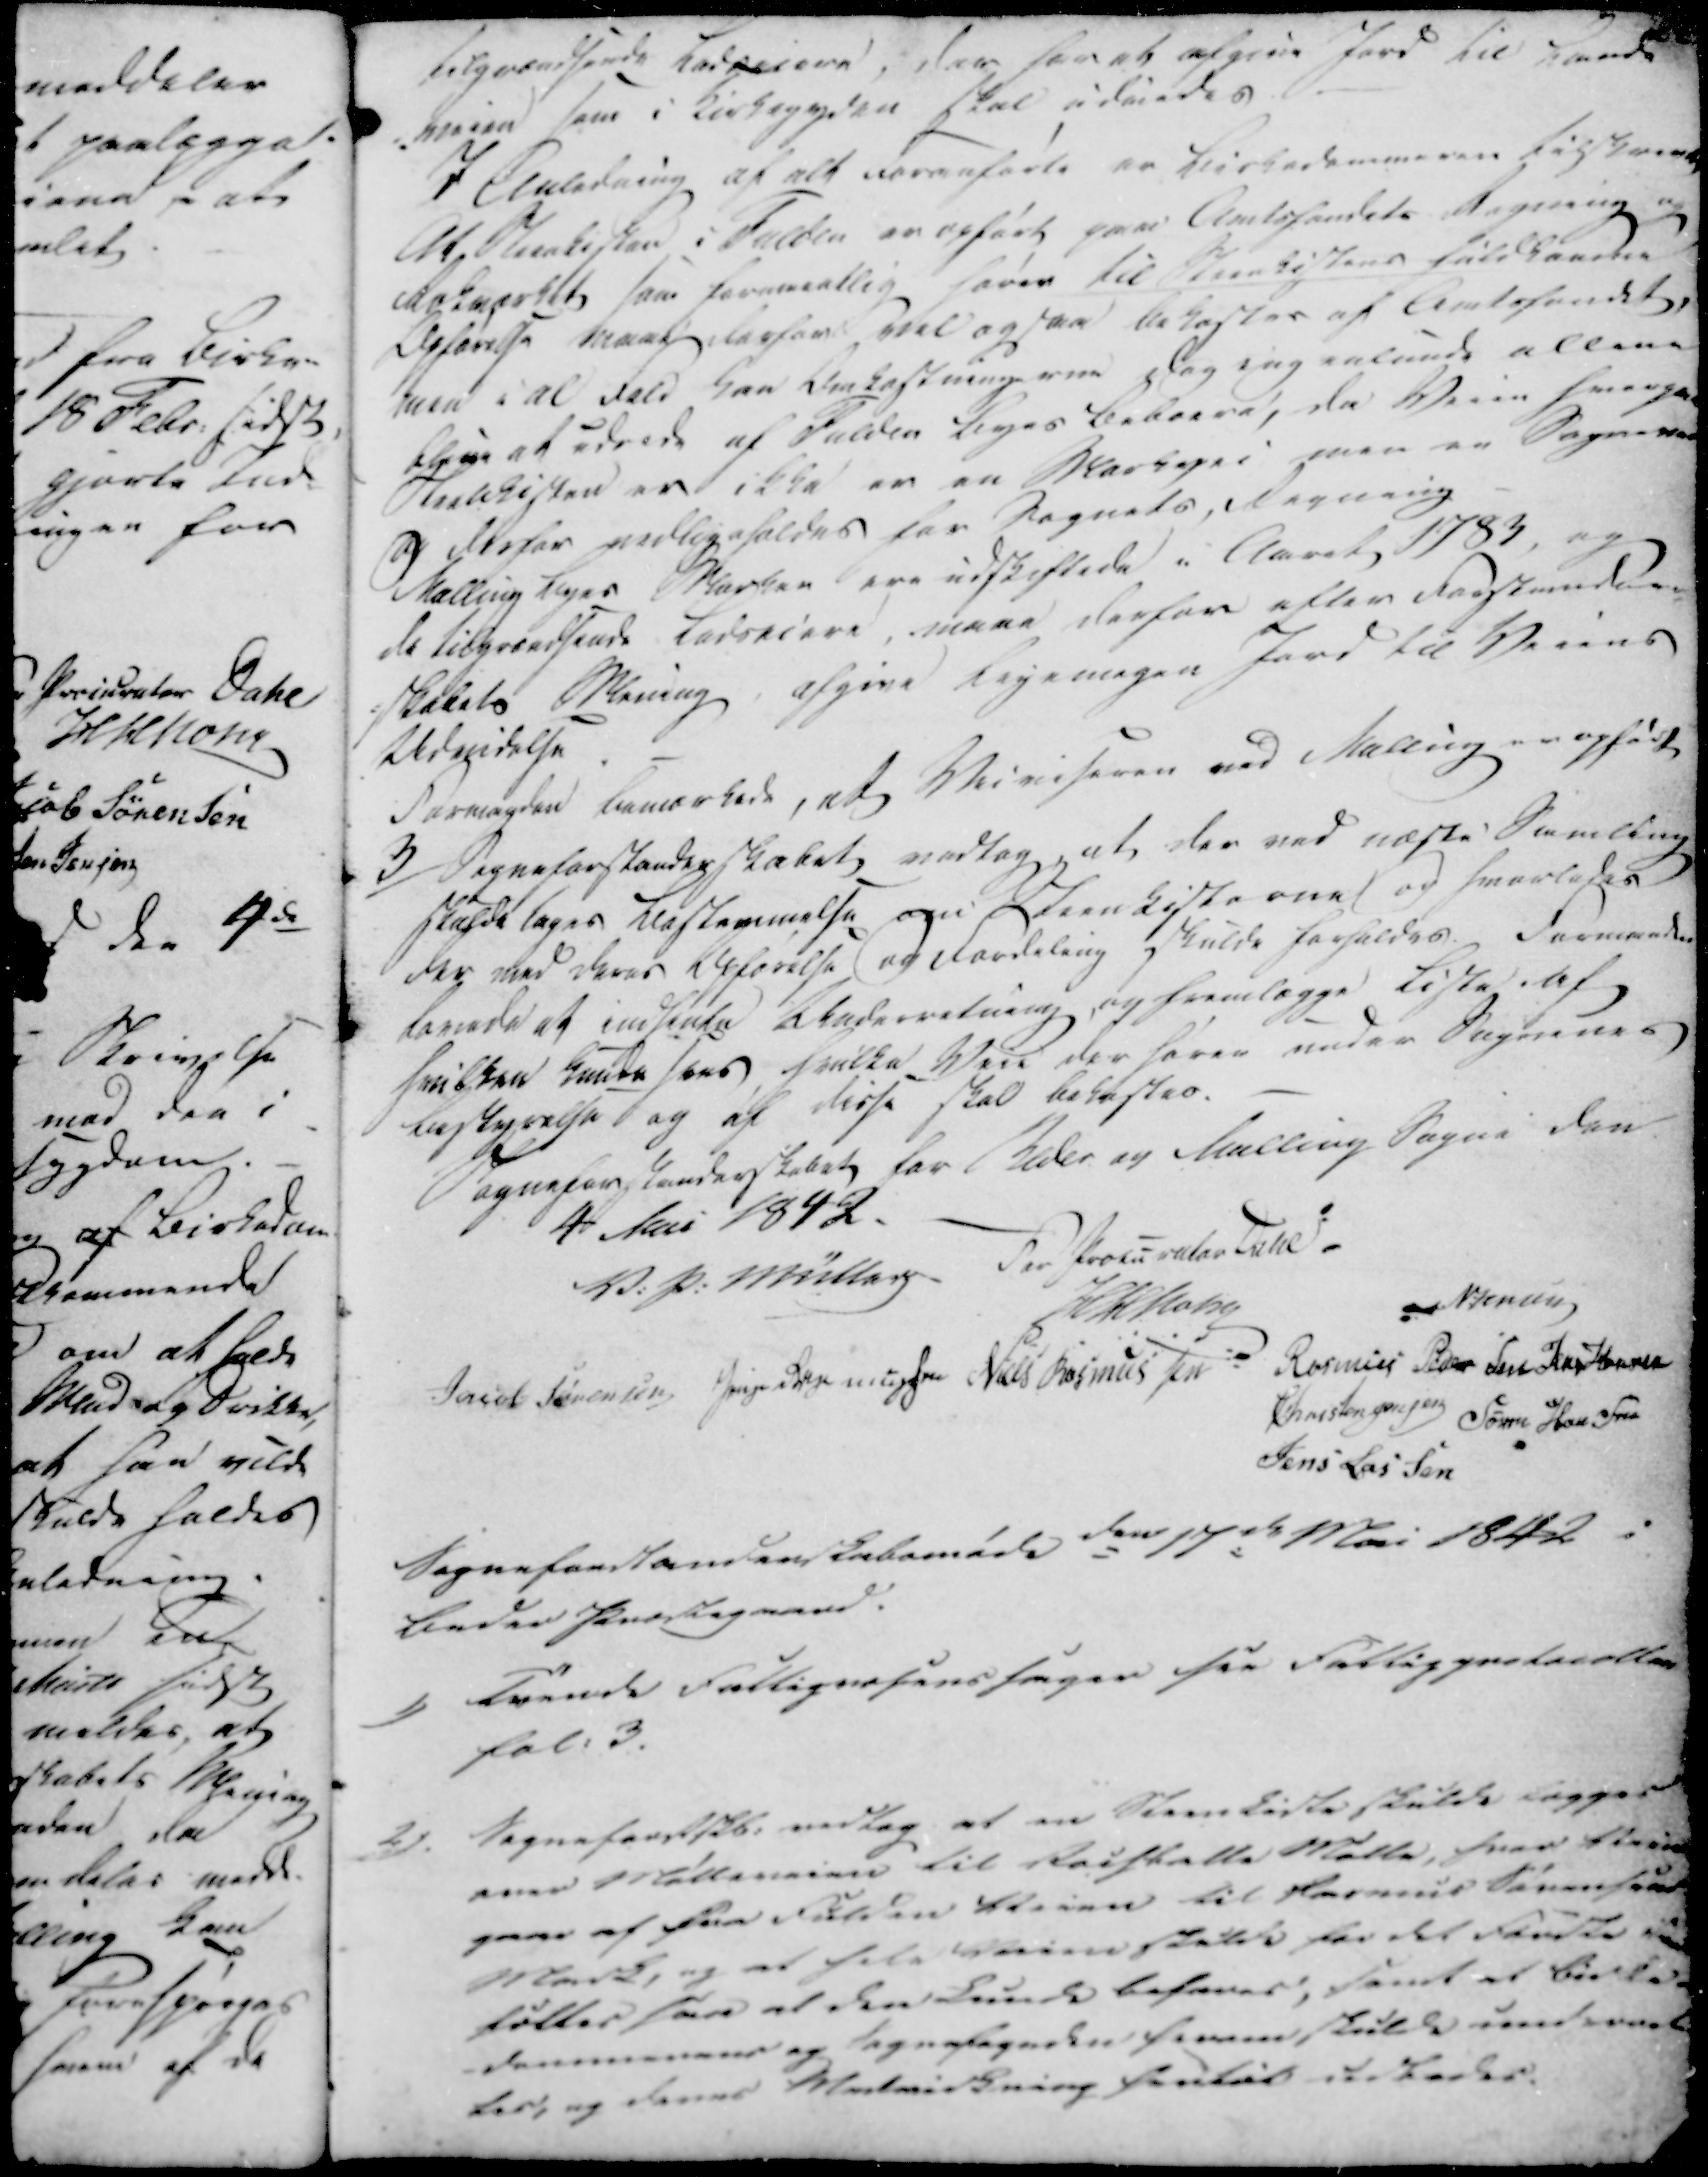
Transskription:
tilgaadsende Kadserere, der har at afgive Jord til Lande
Veien som i Kirkegyden skal udvindes.
I Anledning af alt Foranførte er Kirkedommeren tiskrevet
At Steenkisten i Fulden er opført paa Amtsfondets Regning og
Rækværket som formentlig hører til Steenkistens fuldbaardne
Opførelse maae derfor vel ogsaa bekostes af Amtsfondet,
men i al fald kan Omkostningerne dog ingenlunde allene
blive at udrede af Fulden Byes Beboere, da Veien hverpaa
Steenkisten er ikke er en Markegei men en Sognevei
og derfor vedligeholdes for Sognets Regning
Malling Byes Marker ere udskiftede i Aaret 1783, og
de tilgrendsende Lodseiere, maae derfor efter Forstander
skabets Mening afgive ligemegen Jord til Veiens
Udvidelse.
Formanden bemærkede, at Veiviseren ved Malling er opført

3/

Sogneforstanderskabet vedtog, at der ved næste Samling
skulde tages Bestemmelse om Steenkisterne og hvorledes
der med deres Byførelse og Fordeling skulde forholdes. Formanden
lovede at indhente Underretning, og fremlægge Liste af
hvilken Huute sers hvilke Veie der hører under Sognenes
bestyrelse og af disse skal bekræftes.
Sogneforstanderskabet for Beder og Malling Sogne den
4 Mai 1842.

For Procurator Dahl
V. P. Müller
N:Jensen
H H Honr
Jacob Sørensen
Jens Rasmussen
Niels Rasmussen
Rasmus Pedersen Kristensen
Christen Jensen
Søren Hansen
Jens Lassen

Sogneforstanderskabsmøde den 17de Mai 1842 i
Beder Præstegaard.

1)

Trande fattigvæsenssagen for fattigpræsteretten
fol: 3.

2)

Sogneforstskb. vedtog at en Steenkiste skulde lægges
over Mølleveien til Raistalle Mølle, hvor Veien
gaar af fra Fulden Veien til Rasmus Sørensens
Mark, og at hele Veien skulde for det Første ...
sætter saa at den Lunde behøver; send at birke
dommeren og sognefogeden form skulde underret
ter, og denes Medvirkning hertil udsteder.